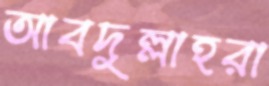
আবদুল্লাহরা